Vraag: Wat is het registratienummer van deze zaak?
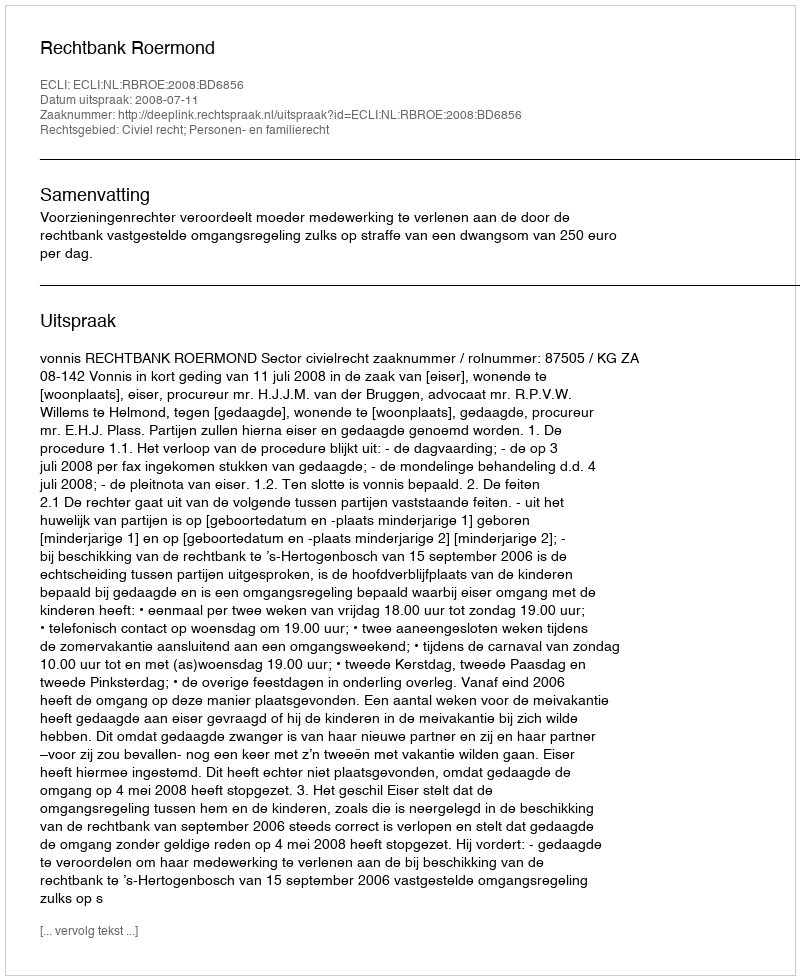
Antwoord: http://deeplink.rechtspraak.nl/uitspraak?id=ECLI:NL:RBROE:2008:BD6856